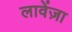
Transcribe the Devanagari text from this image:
लावेंज़ा